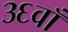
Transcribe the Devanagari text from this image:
३६वाँ